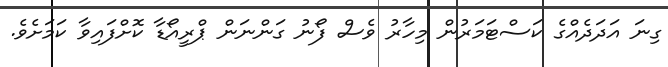
ގިނަ އަދަދެއްގެ ކަސްޓަމަރުން މިހާރު ވެސް ފޯނު ގަންނަން ޕްރީއޯޑާ ކޮށްފައިވާ ކަމަށެވެ.